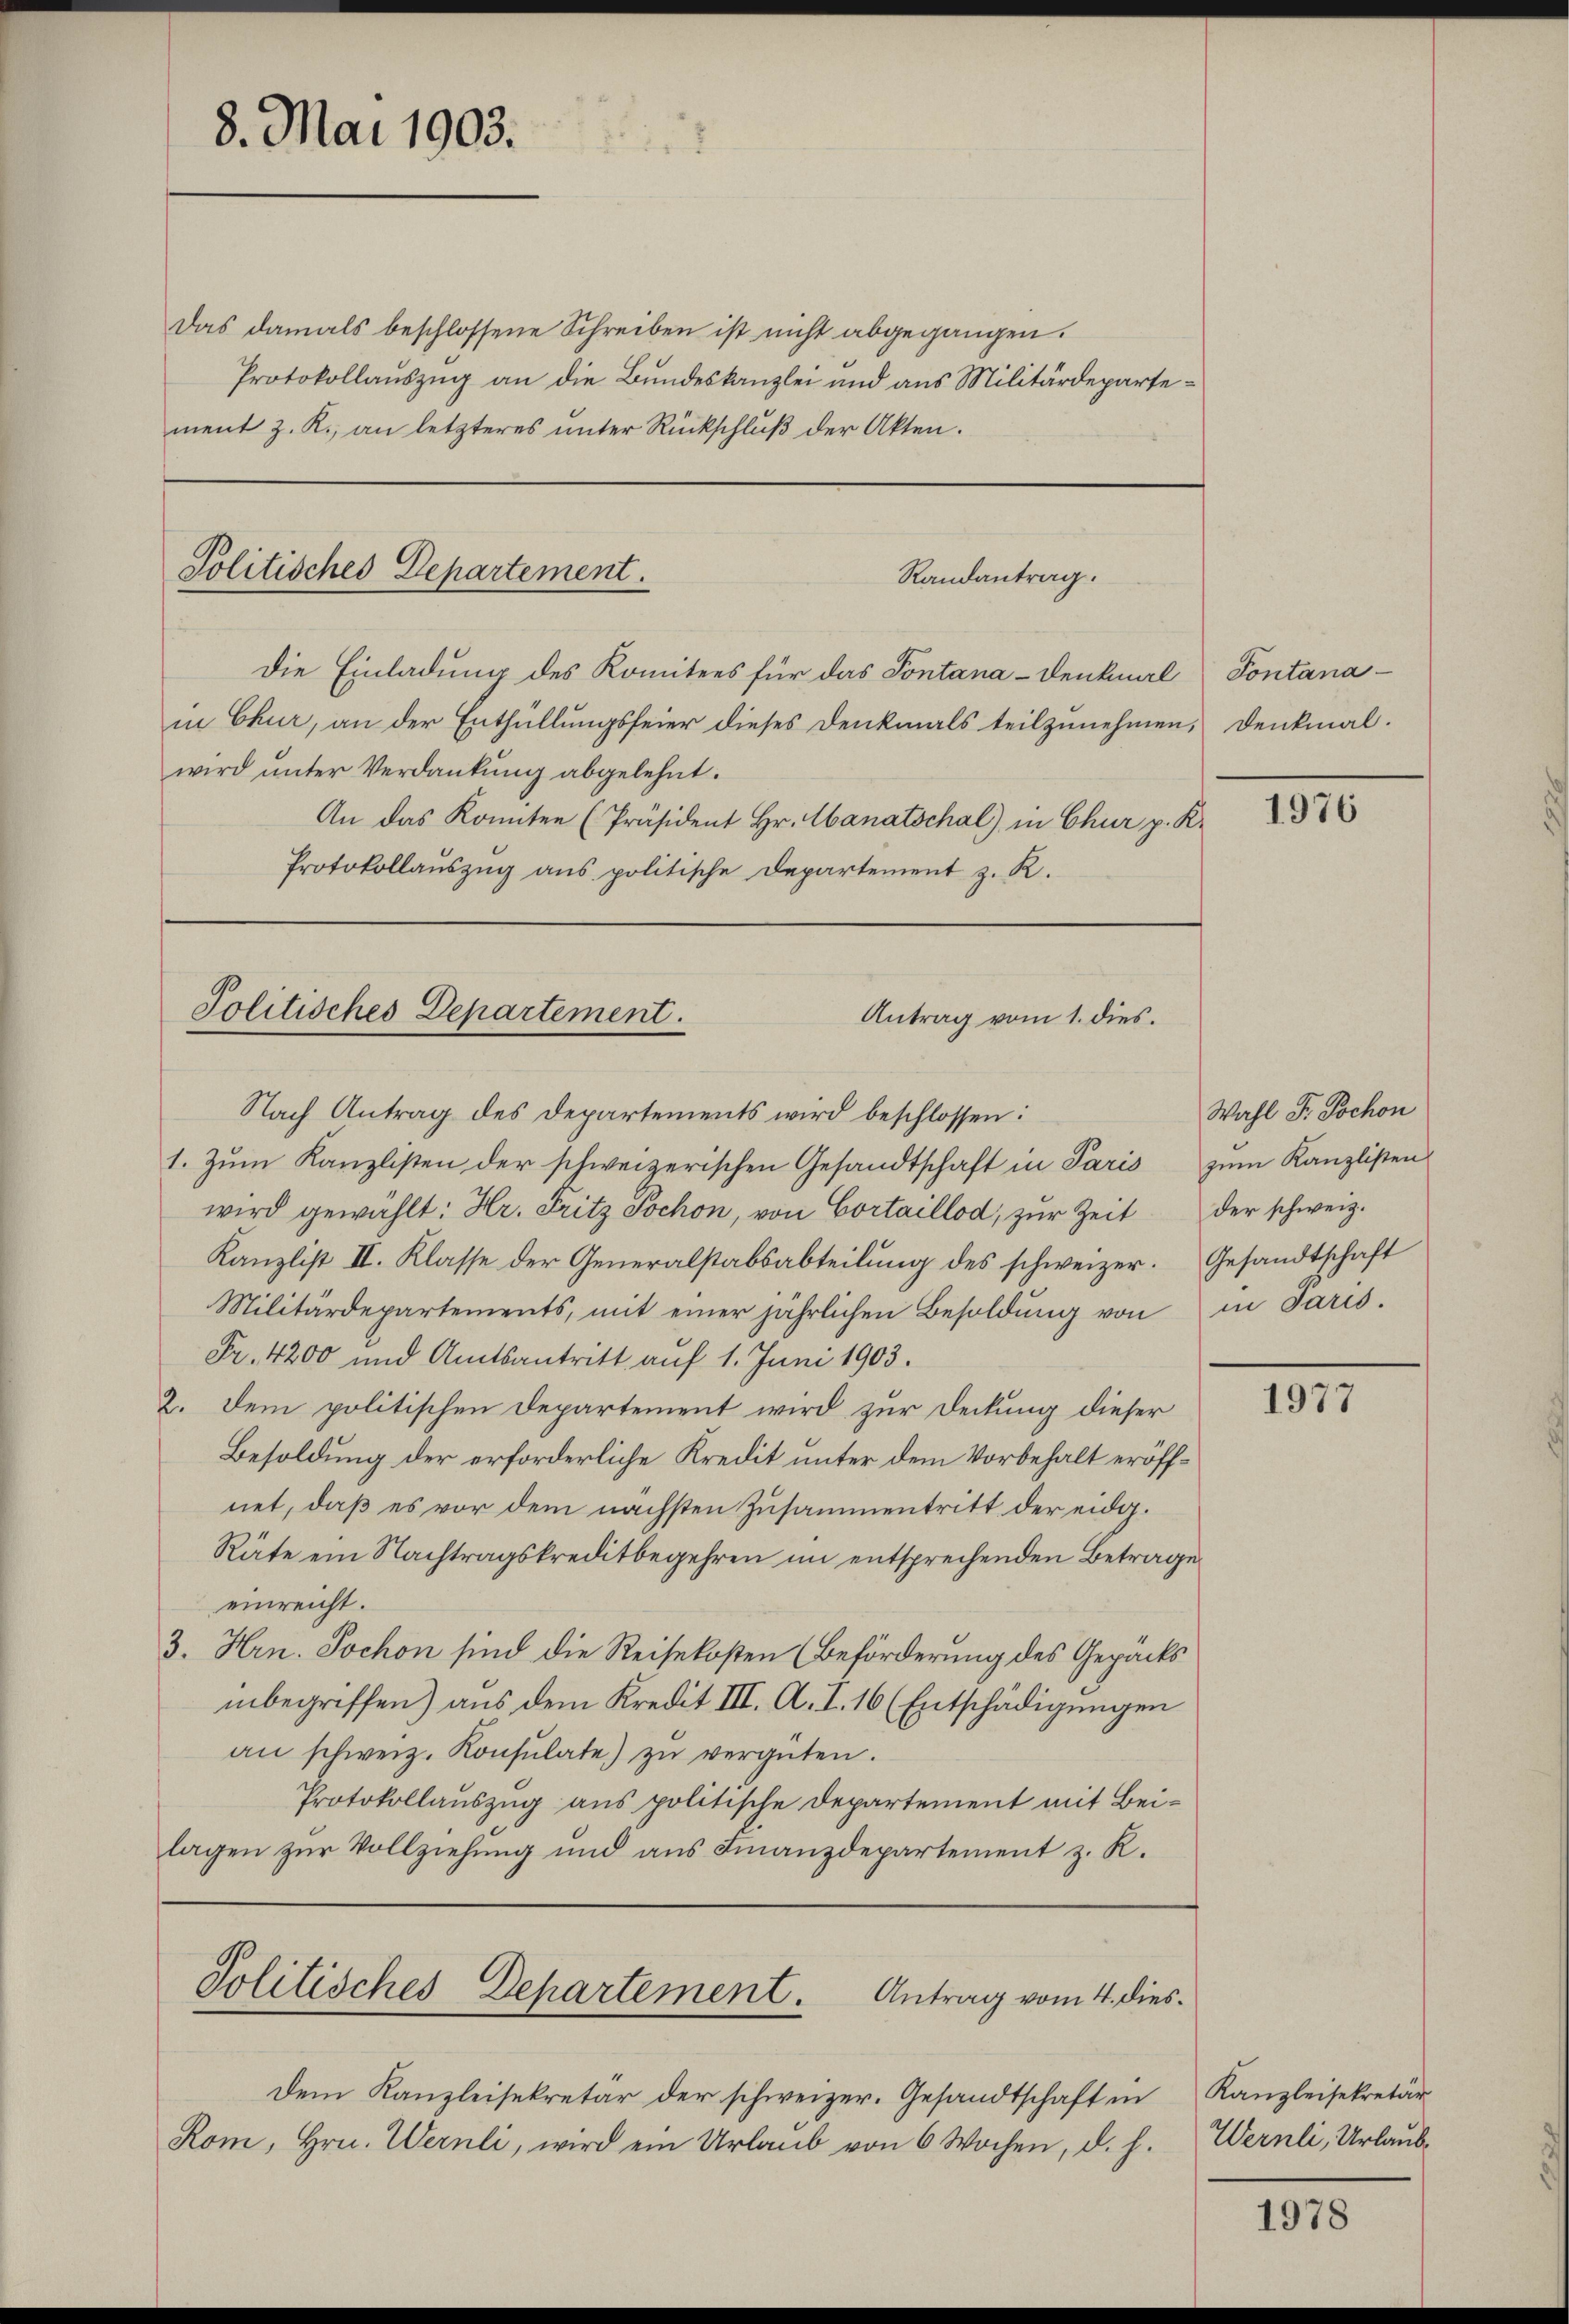
8. Mai 1903.

Das damals beschlossene Schreiben ist nicht abgegangen.
Protokollauszug an die Bundeskanzlei und aus Militärdepartement z. R., an letzteres unter Rückschluß der Akten.

Politisches Departement.
Randantrag.
Die Einladung des Komitees für das Pontana-Denkmal Pontana-

Politisches Departement.
Antrag vom 1. dies.
Nach Antrag des Departements wird beschlossen:

in Chur, an der Enthüllungsfeier dieses Denkmals teilzunehmen, Denkmal.
wird unter Verdankung abgelehnt.
An das konnten (Präsident Hr. Manatschal) in Chur p. K.
Protokollauszug aus politische Departement z. R.

Politisches Departement.
Antrag vom 4. dies¬

1. Zŭm Kanzlisten der schweizerischen Gesandtschaft in Paris zŭm Kanzlisten
wird gewählt: Hr. Fritz Sochon, von Cortaillod, zŭr Zeit der schweiz.
Kanzlist II. Klasse der Generalstabsabteilŭng des schweizer. Gesandtschaft
Militärdepartements, mit einer jährlichen Besoldŭng von in Paris.
Fr. 4200 und Amtsantritt auf 1. Juni 1903.
2. dem politischen Departement wird zur Deckung dieser
Besoldung der erforderliche Kredit unter dem Vorbehalt eröffnet, daß es vor dem nächsten Zusammentritt der eidg.
Räte ein Nachtragskreditbegehren im entsprechenden Betrage
einreicht.
3. Hrn. Jochon sind die Reisekosten (Beförderung des Gepäcks
inbegriffen) aus dem Kredit III. A. I. 16 (Entschädigungen
an schweiz. Konsulate) zŭ vergüten.
Protokollauszug aus politische Departement mit Beilagen zur Vollziehung und aus Finanzdepartement z. R.

Dem Kanzleisekretär der schweizer. Gesandtschaft in
Rom, Hrn. Wernli, wird ein Urlaŭb von 6 Wochen, d. h.

1976

Wahl F. Tschon

1977

Kanzleisekretär
Wernli, Urlaub¬

1978